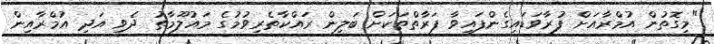
"މިގޮތުން އުމްރާއަށް ފުރާވަޑައިގެންފައިވާ ފަރާތްތަކަށް ބަލިން ރައްކާތެރިވުމުގެ މައުލޫމާތު ދެވި އަދި އުމްރާއިން